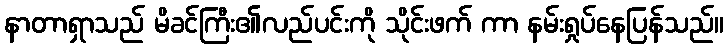
နာတာရှာသည် မိခင်ကြီး၏လည်ပင်းကို သိုင်းဖက် ကာ နမ်းရှုပ်နေပြန်သည်။